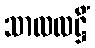
သာလလဋ္ဌိံ